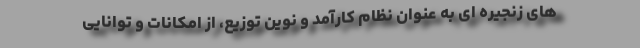
های زنجیره ای به عنوان نظام کارآمد و نوین توزیع، از امکانات و توانایی